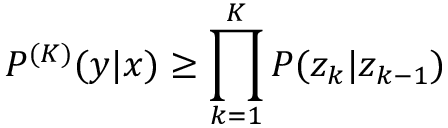
P ^ { ( K ) } ( y | x ) \geq \prod _ { k = 1 } ^ { K } P ( z _ { k } | z _ { k - 1 } )